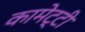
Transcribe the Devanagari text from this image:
कामेट्टी